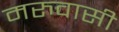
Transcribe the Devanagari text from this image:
मरुवासी